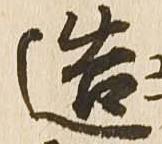
造